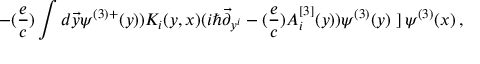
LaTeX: - ( { \frac { e } { c } } ) \int d \vec { y } \psi ^ { ( 3 ) + } ( y ) ) K _ { i } ( y , x ) ( i \hbar \vec { \partial } _ { y ^ { i } } - ( { \frac { e } { c } } ) A _ { i } ^ { [ 3 ] } ( y ) ) \psi ^ { ( 3 ) } ( y ) \left. \right] \psi ^ { ( 3 ) } ( x ) \, ,